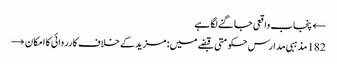
← پنجاب واقعی جاگنے لگا ہے
182 مذہبی مدارس حکومتی قبضے میں: مزید کے خلاف کارروائی کا امکان →